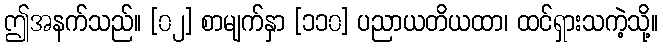
ဤအနက်သည်။ [၀၂] စာမျက်နှာ [၁၁၀] ပညာယတိယထာ၊ ထင်ရှားသကဲ့သို့။